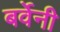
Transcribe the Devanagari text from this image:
बर्वेनी